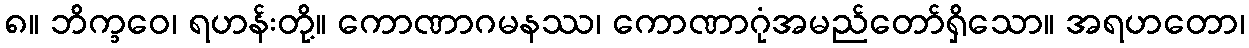
၈။ ဘိက္ခဝေ၊ ရဟန်းတို့။ ကောဏာဂမနဿ၊ ကောဏာဂုံအမည်တော်ရှိသော။ အရဟတော၊